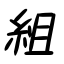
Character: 組